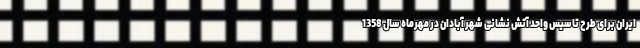
ایران برای طرح تاسیس واحد آتش نشانی شهر آبادان در مهرماه سال 1358